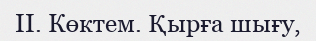
ІІ. Көктем. Қырға шығу,